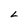
Character: L